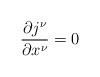
\begin{align*}\frac{\partial j^{\nu}}{\partial x^{\nu}} = 0\end{align*}